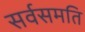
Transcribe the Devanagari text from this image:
सर्वसमति